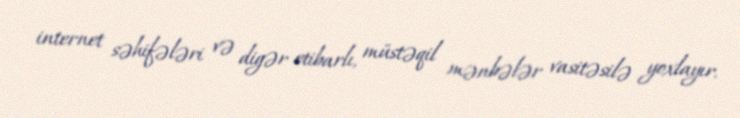
internet səhifələri və digər etibarlı, müstəqil mənbələr vasitəsilə yoxlayır.